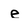
Character: e